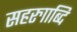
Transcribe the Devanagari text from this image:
सहरुााब्दि